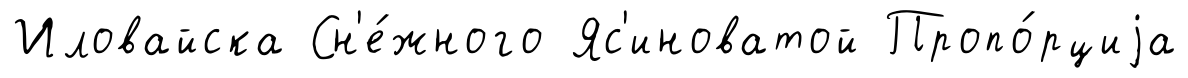
Иловайска Сн'е́жного Яс'иноватой Пропо́рциjа